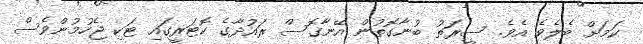
ކަމަށް ބެލެވެ އެވެ. ސީރަތު ބުނާގޮތުން އޭނާގޮސް ރައުދާގެ ކޮޓަރީގައި ޓަކި ޖެހުމުންވެސް